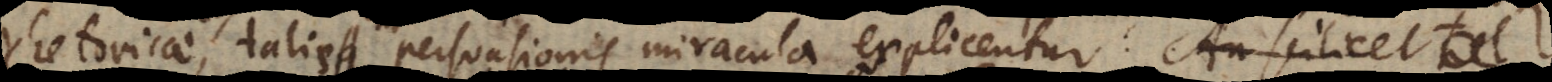
rhetoricae, et talis persuasionis miracula explicentur.: An scilicet